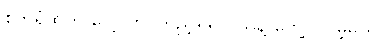
စက်ရုံထဲကို လေ့လာ ကြည့်ရှုရင် သူနဲ့ တွေ့ပါလိမ့်မယ်။